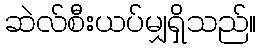
ဆဲလ်စီးယပ်မျှရှိသည်။